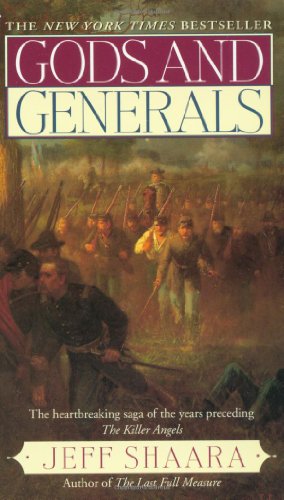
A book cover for Gods and Generals: A Novel of the Civil War (Civil War Trilogy); Jeff Shaara; Literature & Fiction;